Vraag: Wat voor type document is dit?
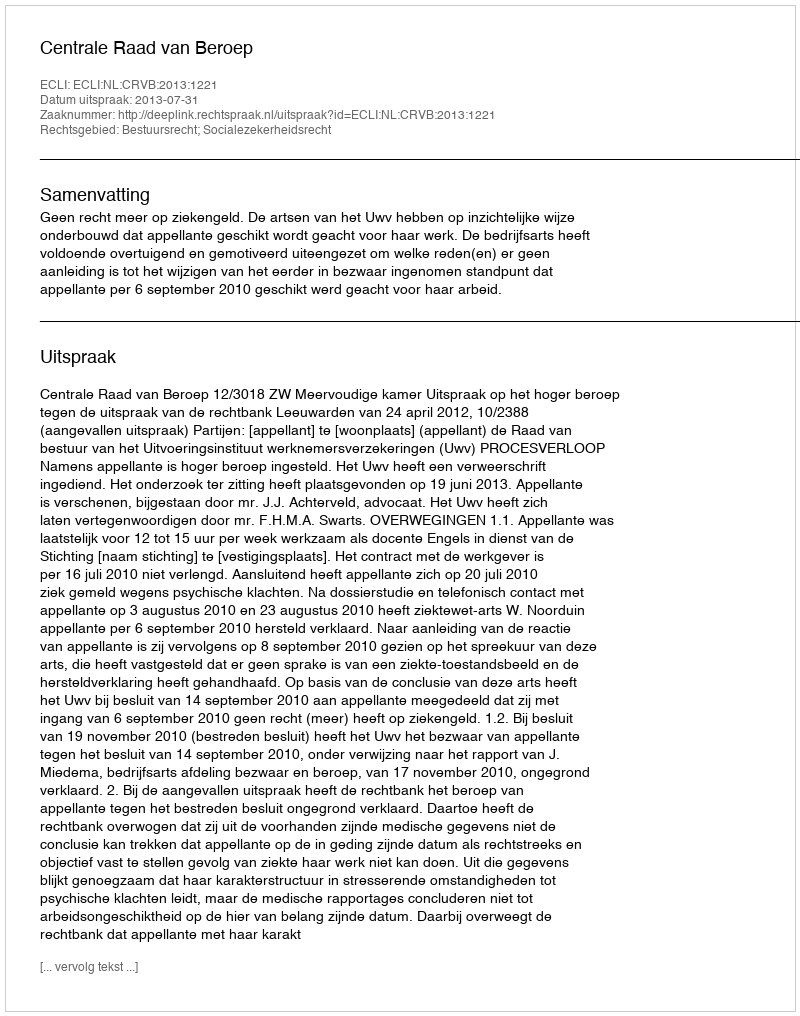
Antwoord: Uitspraak